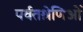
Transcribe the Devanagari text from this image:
पर्वतश्रेणिओं